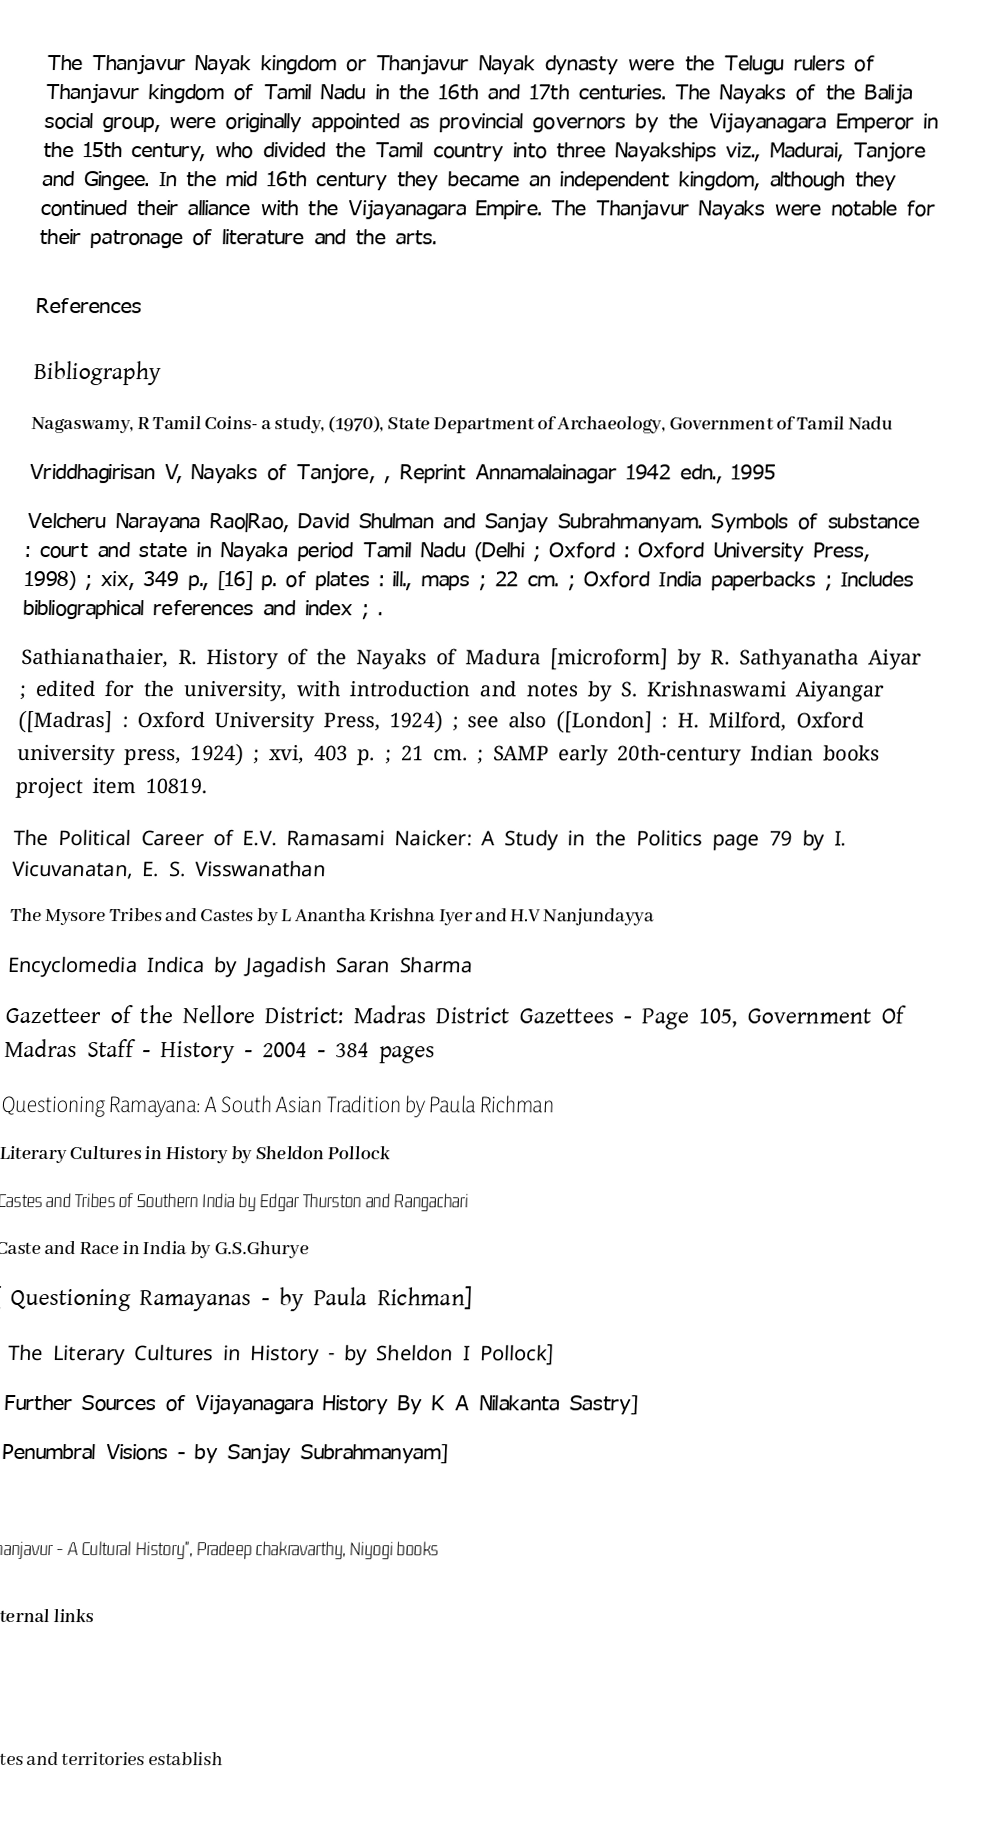
The Thanjavur Nayak kingdom or Thanjavur Nayak dynasty were the Telugu rulers of Thanjavur kingdom of Tamil Nadu in the 16th and 17th centuries. The Nayaks of the Balija social group, were originally appointed as provincial governors by the Vijayanagara Emperor in the 15th century, who divided the Tamil country into three Nayakships viz., Madurai, Tanjore and Gingee. In the mid 16th century they became an independent kingdom, although they continued their alliance with the Vijayanagara Empire. The Thanjavur Nayaks  were notable for their patronage of literature and the arts.

References

Bibliography
 Nagaswamy, R Tamil Coins- a study, (1970), State Department of Archaeology, Government of Tamil Nadu
 Vriddhagirisan V, Nayaks of Tanjore, , Reprint Annamalainagar 1942 edn., 1995
 Velcheru Narayana Rao|Rao, David Shulman and Sanjay Subrahmanyam. Symbols of substance : court and state in Nayaka period Tamil Nadu (Delhi ; Oxford : Oxford University Press, 1998) ; xix, 349 p., [16] p. of plates : ill., maps ; 22 cm. ; Oxford India paperbacks ; Includes bibliographical references and index ; .
 Sathianathaier, R. History of the Nayaks of Madura [microform] by R. Sathyanatha Aiyar ; edited for the university, with introduction and notes by S. Krishnaswami Aiyangar ([Madras] : Oxford University Press, 1924) ; see also ([London] : H. Milford, Oxford university press, 1924) ; xvi, 403 p. ; 21 cm. ; SAMP early 20th-century Indian books project item 10819.
The Political Career of E.V. Ramasami Naicker: A Study in the Politics page 79 by I. Vicuvanatan, E. S. Visswanathan
The Mysore Tribes and Castes by L Anantha Krishna Iyer and H.V Nanjundayya
Encyclomedia Indica by Jagadish Saran Sharma
Gazetteer of the Nellore District: Madras District Gazettees - Page 105, Government Of Madras Staff - History - 2004 - 384 pages
Questioning Ramayana: A South Asian Tradition by Paula Richman
Literary Cultures in History by Sheldon Pollock
Castes and Tribes of Southern India by Edgar Thurston and Rangachari
Caste and Race in India by G.S.Ghurye
[ Questioning Ramayanas - by Paula Richman]
[ The Literary Cultures in History - by Sheldon I Pollock]
[ Further Sources of Vijayanagara History By K A Nilakanta Sastry]
[ Penumbral Visions - by Sanjay Subrahmanyam]
[]
 "Thanjavur -  A Cultural History", Pradeep chakravarthy, Niyogi books

External links

States and territories establish